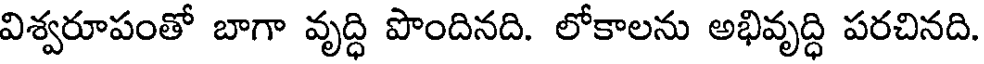
విశ్వరూపంతో బాగా వృద్ధి పొందినది. లోకాలను అభివృద్ధి పరచినది.